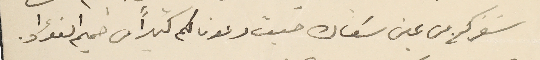
سَفركم من عين سَعاده حيث دعونا لكم كثيراً من صميم الفؤاد.